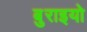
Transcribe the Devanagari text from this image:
बुराइयो